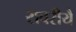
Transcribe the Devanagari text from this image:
रावरीयै